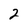
Character: 2